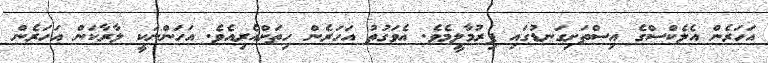
އަހަރެން އެލެކްސްގެ އިސްތަށިގަނޑުގައި ފިރުމާލީމެވެ. އެވަގުތު އަހަރެން ހިތަށްއެރިއެވެ. އަހަންނަކީ ލާރާކަން އަހަރެން